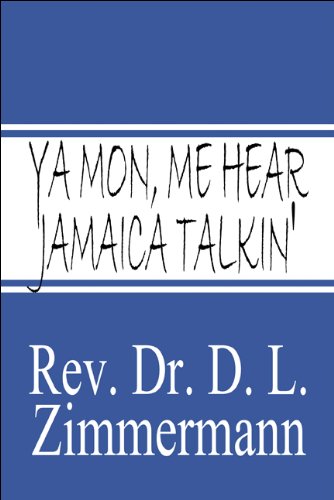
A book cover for Ya Mon, Me Hear Jamaica Talkin; Rev. Dr. D L Zimmermann; Travel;